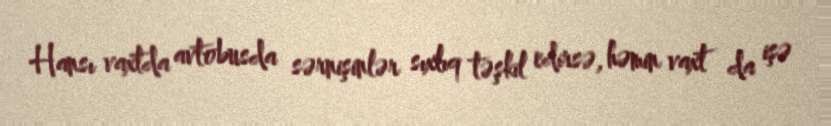
Hansı vaxtda avtobusda sərnişinlər sıxlıq təşkil edirsə, həmin vaxt da işə